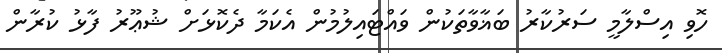
ހޮވި އިސްލާމީ ސަރުކާރު ބަޣާވާތަކުން ވައްޓައިލުމުން އެކަމާ ދެކޮޅަށް ޝުޢޫރު ފާޅު ކުރާން